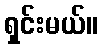
ရှင်းမယ်။